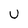
Character: U